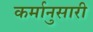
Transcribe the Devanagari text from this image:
कर्मानुसारी